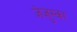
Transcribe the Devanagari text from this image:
जेज़ुस्का